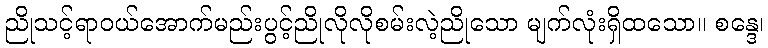
ညိုသင့်ရာဝယ်အောက်မည်းပွင့်ညိုလိုလိုစမ်းလဲ့ညိုသော မျက်လုံးရှိထသော။ စန္ဒေ၊